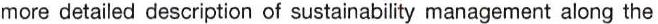
more detailed description of sustainability management along the